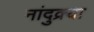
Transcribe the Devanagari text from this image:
नांदुक्र्या